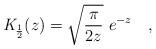
LaTeX: \begin{align*}{\mathit {K}}_{\frac {1}{2}}(z) = \sqrt {\frac {\pi}{2z} }~e^{-z} ~~~,\end{align*}